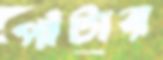
পাঁটার